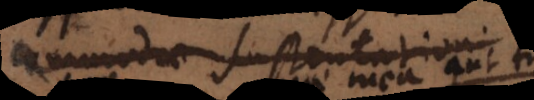
commodae sustentationi